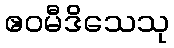
ဧဝမီဒိသေသု